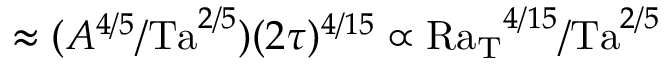
\approx ( A ^ { 4 / 5 } / \mathrm { T a } ^ { 2 / 5 } ) ( 2 \tau ) ^ { 4 / 1 5 } \propto \mathrm { R a _ { T } } ^ { 4 / 1 5 } / \mathrm { T a } ^ { 2 / 5 }